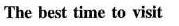
The best time to visit